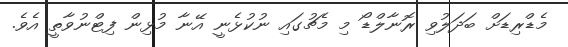
މެޑްރިޑަށް ބަދަލުވި ރޮނާލްޑޯ މި މެޗުގައި ނުކުޅެނީ އޭނާ މުޅިން ފިޓްނުވާތީ އެވެ.